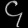
Digit: ၄